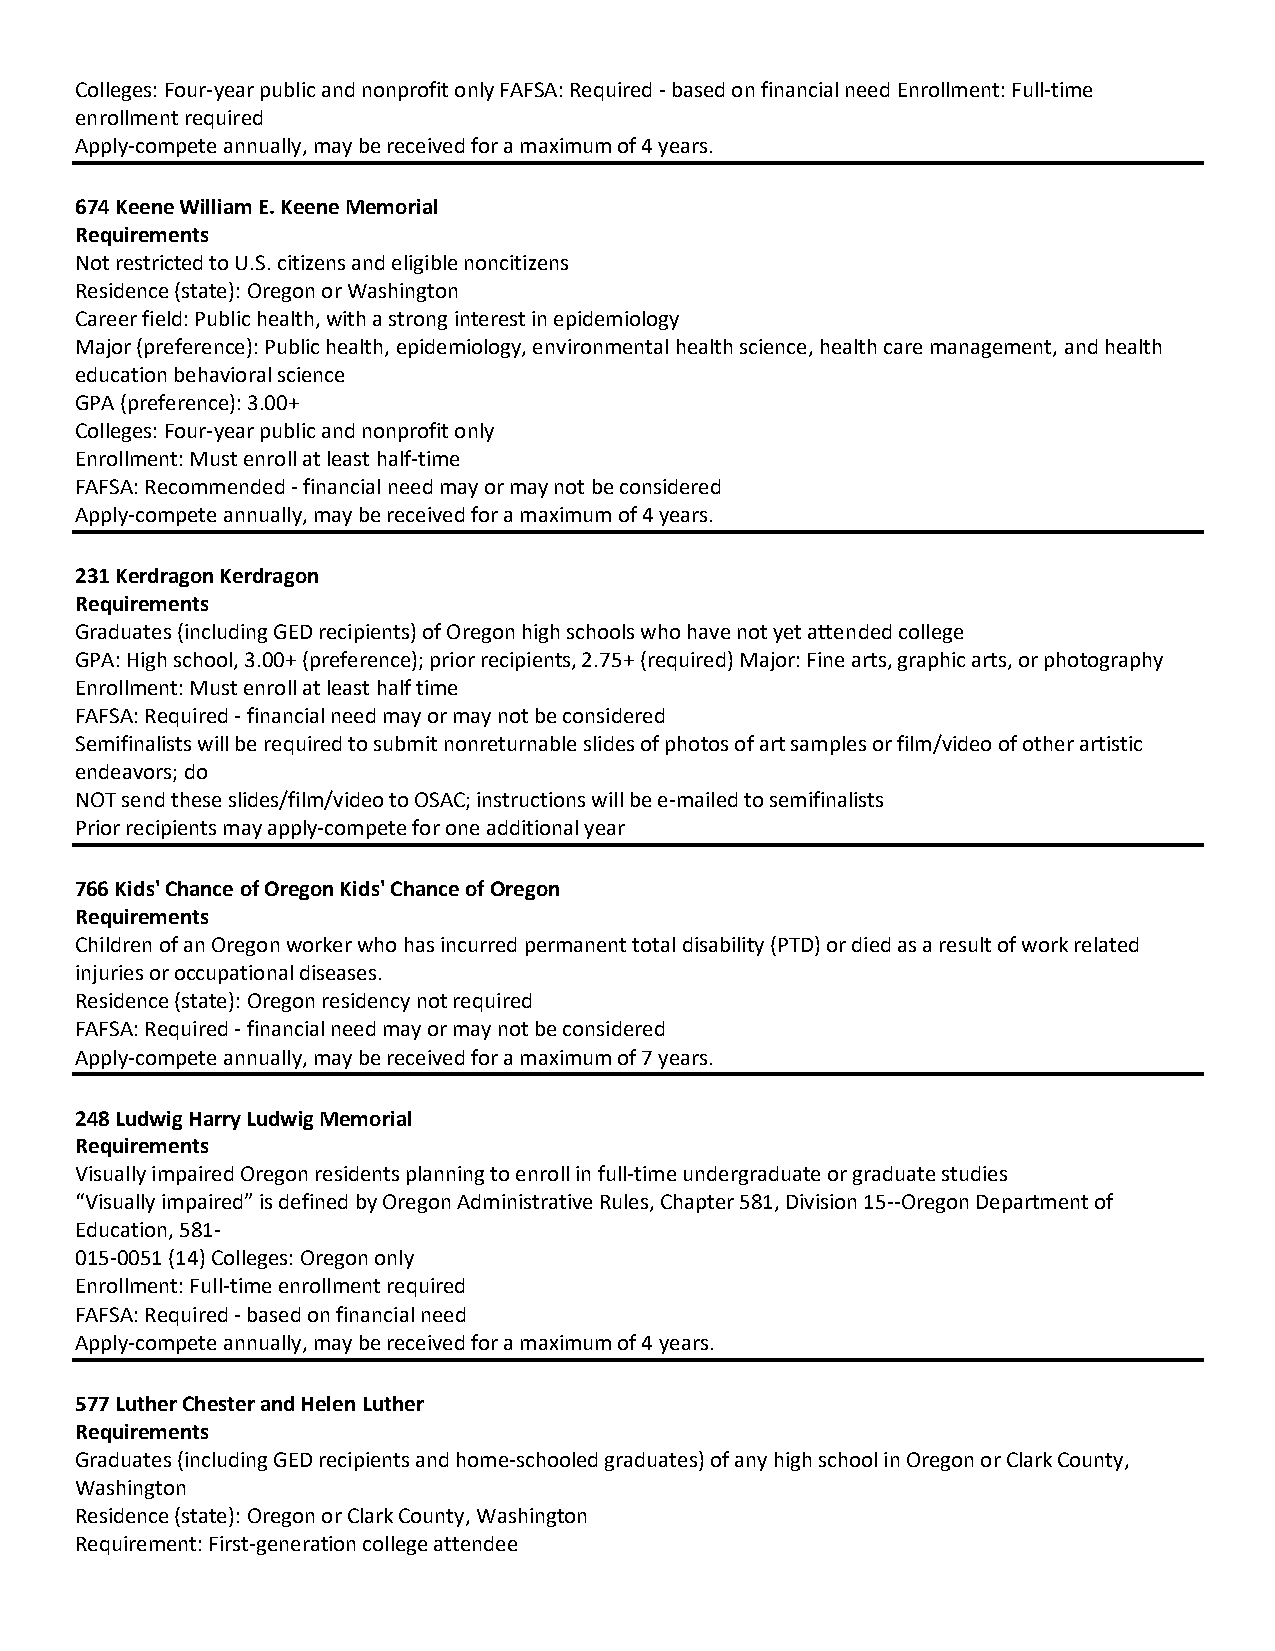
Colleges: Four year public and nonprofit only FAFSA: Required based on financial need Enrollment: Full time
 enrollment required
 Apply compete annually, may be received for a maximum of 4 years.
 674 Keene William E. Keene Memorial
 Requirements
 Not restricted to U.S. citizens and eligible noncitizens
 Residence (state): Oregon or Washington
 Career field: Public health, with a strong interest in epidemiology
 Major (preference): Public health, epidemiology, environmental health science, health care management, and health
 education behavioral science
 GPA (preference): 3.00+
 Colleges: Four year public and nonprofit only
 Enrollment: Must enroll at least half time
 FAFSA: Recommended financial need may or may not be considered
 Apply compete annually, may be received for a maximum of 4 years.
 231 Kerdragon Kerdragon
 Requirements
 Graduates (including GED recipients) of Oregon high schools who have not yet attended college
 GPA: High school, 3.00+ (preference); prior recipients, 2.75+ (required) Major: Fine arts, graphic arts, or photography
 Enrollment: Must enroll at least half time
 FAFSA: Required financial need may or may not be considered
 Semifinalists will be required to submit nonreturnable slides of photos of art samples or film/video of other artistic
 endeavors; do
 NOT send these slides/film/video to OSAC; instructions will be e­mailed to semifinalists
 Prior recipients may apply compete for one additional year
 766 Kids' Chance of Oregon Kids' Chance of Oregon
 Requirements
 Children of an Oregon worker who has incurred permanent total disability (PTD) or died as a result of work related
 injuries or occupational diseases.
 Residence (state): Oregon residency not required
 FAFSA: Required financial need may or may not be considered
 Apply compete annually, may be received for a maximum of 7 years.
 248 Ludwig Harry Ludwig Memorial
 Requirements
 Visually impaired Oregon residents planning to enroll in full time undergraduate or graduate studies
 “Visually impaired” is defined by Oregon Administrative Rules, Chapter 581, Division 15 Oregon Department of
 Education, 581
 015 0051 (14) Colleges: Oregon only
 Enrollment: Full time enrollment required
 FAFSA: Required based on financial need
 Apply compete annually, may be received for a maximum of 4 years.
 577 Luther Chester and Helen Luther
 Requirements
 Graduates (including GED recipients and home schooled graduates) of any high school in Oregon or Clark County,
 Washington
 Residence (state): Oregon or Clark County, Washington
 Requirement: First generation college attendee